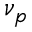
\nu _ { p }